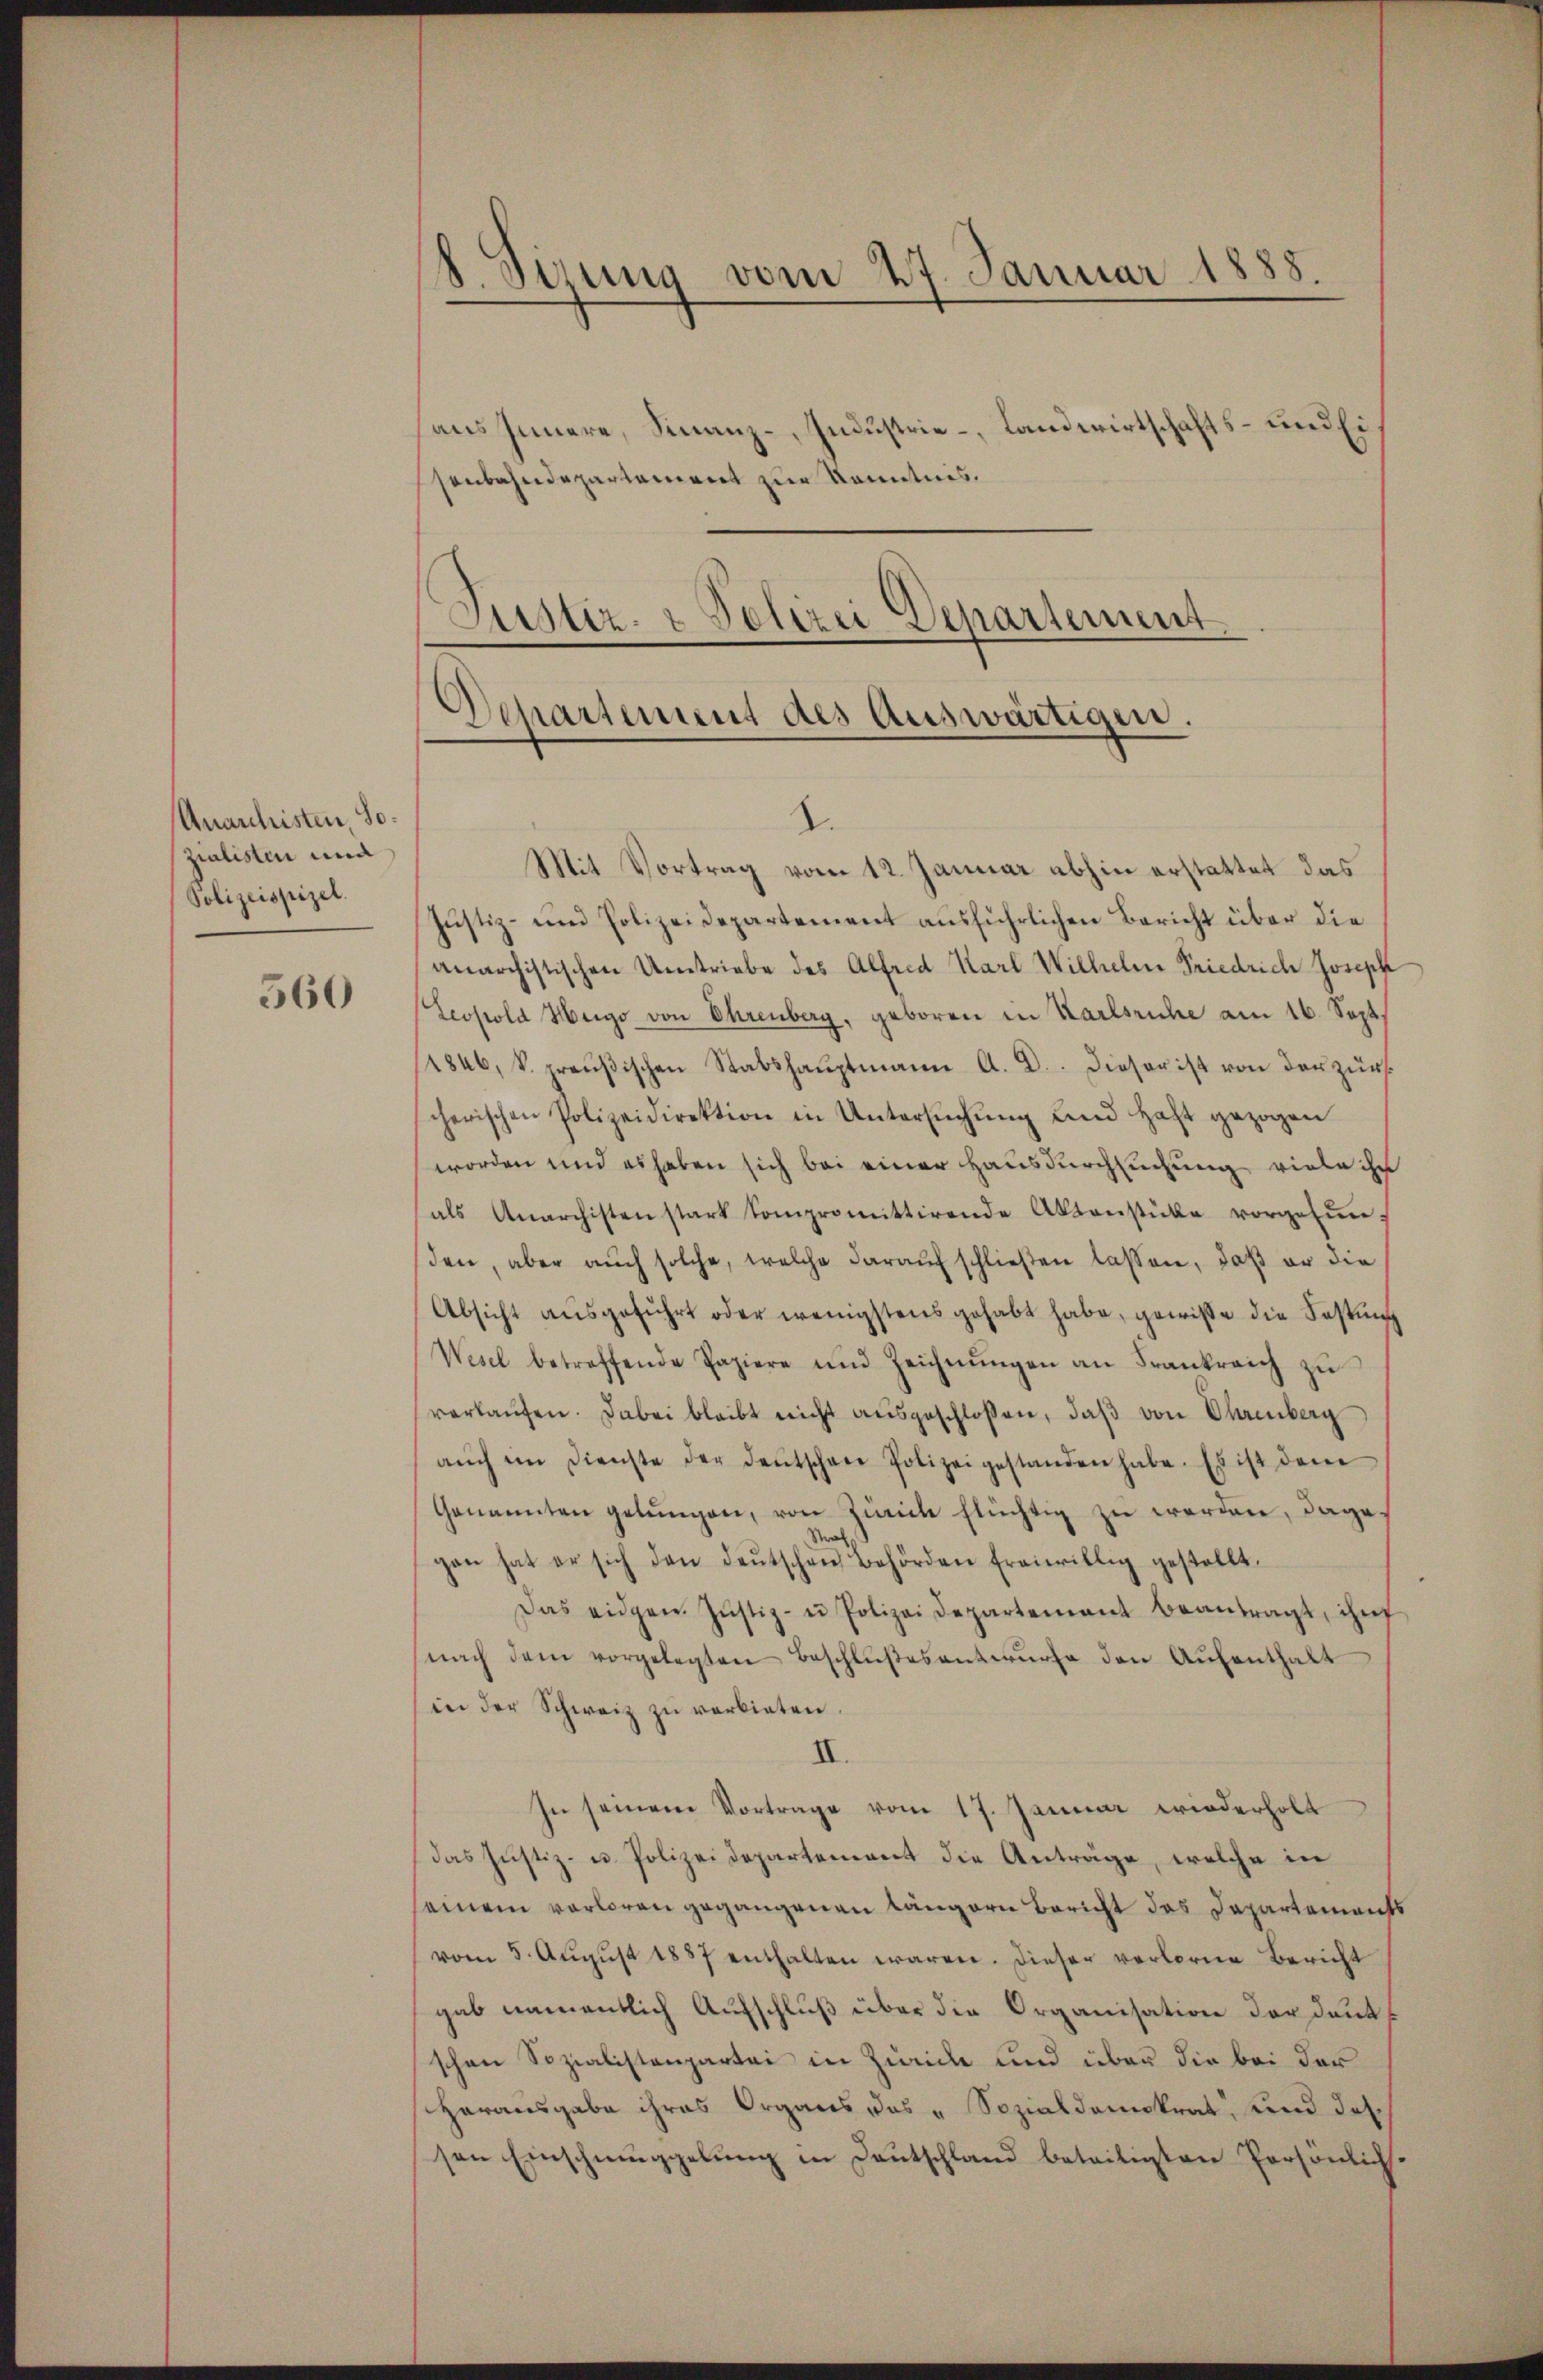
Unanleisten, sozialisten und
Polizeispizel.

560

8. Sirung vom 27. Januar 1888.
und Ei
haus Innere, Finanz-, Industrie - Landwirtschaft
senbahndepartement zur Kenntnis.

Justiz- & Polizei Departement
Departement des Auswärtigen.

2.
Mit Vortrag vom 12. Januar abhin erstattet das
Justiz- und Polizeidepartement aŭsführlichen Bericht über die
anarchistischen Umtriebe des Alfred Karl Wilhelm Friedrich Joseph
Leopold Heigo von Ehrenberg, geboren in Karlsruhe am 16. Sept.
8ub, k. preußischen Stabshauptmann A. D. Dieser ist von der zur
cherischen Polizeidirektion in Untersŭchŭng und haft gezogen
worden und es haben sich bei einer Hausdurchsuchung viele ihr
als Anarchisten stark Compromittirende Aktenstücke vorgefŭn-
den, aber auch solche, welche darauf schließen lassen, daß er die
Absicht aŭsgeführt oder wenigstens gehabt habe, gewisse die Festung
Wesel betreffende Papiere und Zeichnŭngen an Frankreich zŭ
verkaŭfen. Dabei bleibt nicht aŭsgeschlossen, daβ von Ehrenberg
aŭch im Dienste der deutschen Polizei gestanden habe. Es ist den
Genannten gelŭngen, von Zürich flüchtig zŭ werden, dage
Straf
gan hat er sich den deŭtschen Behörden freiwillig gestellt.
Das eidgen. Jŭstiz- u Polizei Departement beantragt, ihr
nach dem vorgelegten Beschlŭβesantwurfe den Aŭfenthalt
in der Schweiz zu verbieten.
II.
In seinem Vortrage vom 17. Januar wiederholt
das Justiz- u. Polizeidepartement die Anträge, welche in
seinem verloren gegangenen längern Bericht das Departements
vom 5. Aŭgŭst 1857 enthalten wären. Dieser verlorne Bericht
gab namentlich Aufschluß über die Organisation der Dank
schon Sozialistenpartei in Zwicke und über die bei der
Herausgabe ihres Organs das „Sozialdemokrat, und das
sen Einschmuggelŭng in Deutschland beteiligten Persönlich-